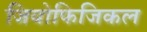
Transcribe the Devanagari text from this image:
जियोफिजिकल